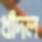
ধাঁদল